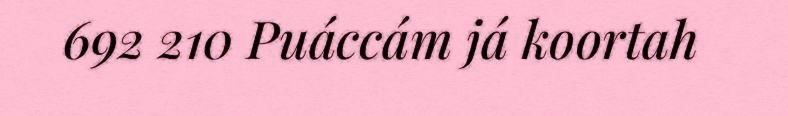
692 210 Puáccám já koortah